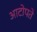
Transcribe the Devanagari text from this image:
आटोपते